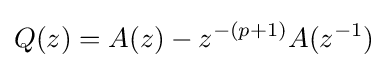
Q(z)=A(z)-z^{-(p+1)}A(z^{-1})